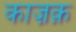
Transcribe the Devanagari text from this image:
काज़क़